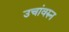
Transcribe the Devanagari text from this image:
उचांवरुन